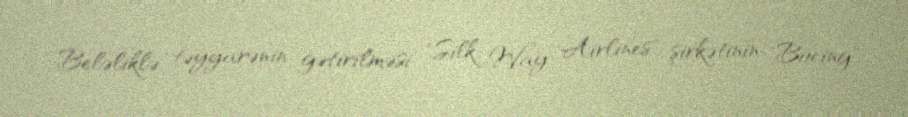
Beləliklə, təyyarənin gətirilməsi "Silk Way Airlines" şirkətinin "Boeing"